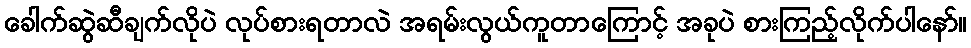
ခေါက်ဆွဲဆီချက်လိုပဲ လုပ်စားရတာလဲ အရမ်းလွယ်ကူတာကြောင့် အခုပဲ စားကြည့်လိုက်ပါနော်။